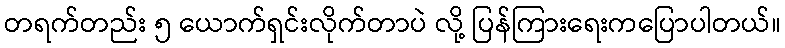
တရက်တည်း ၅ ယောက်ရှင်းလိုက်တာပဲ လို့ ပြန်ကြားရေးကပြောပါတယ်။